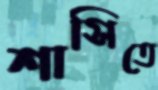
শাসিতে